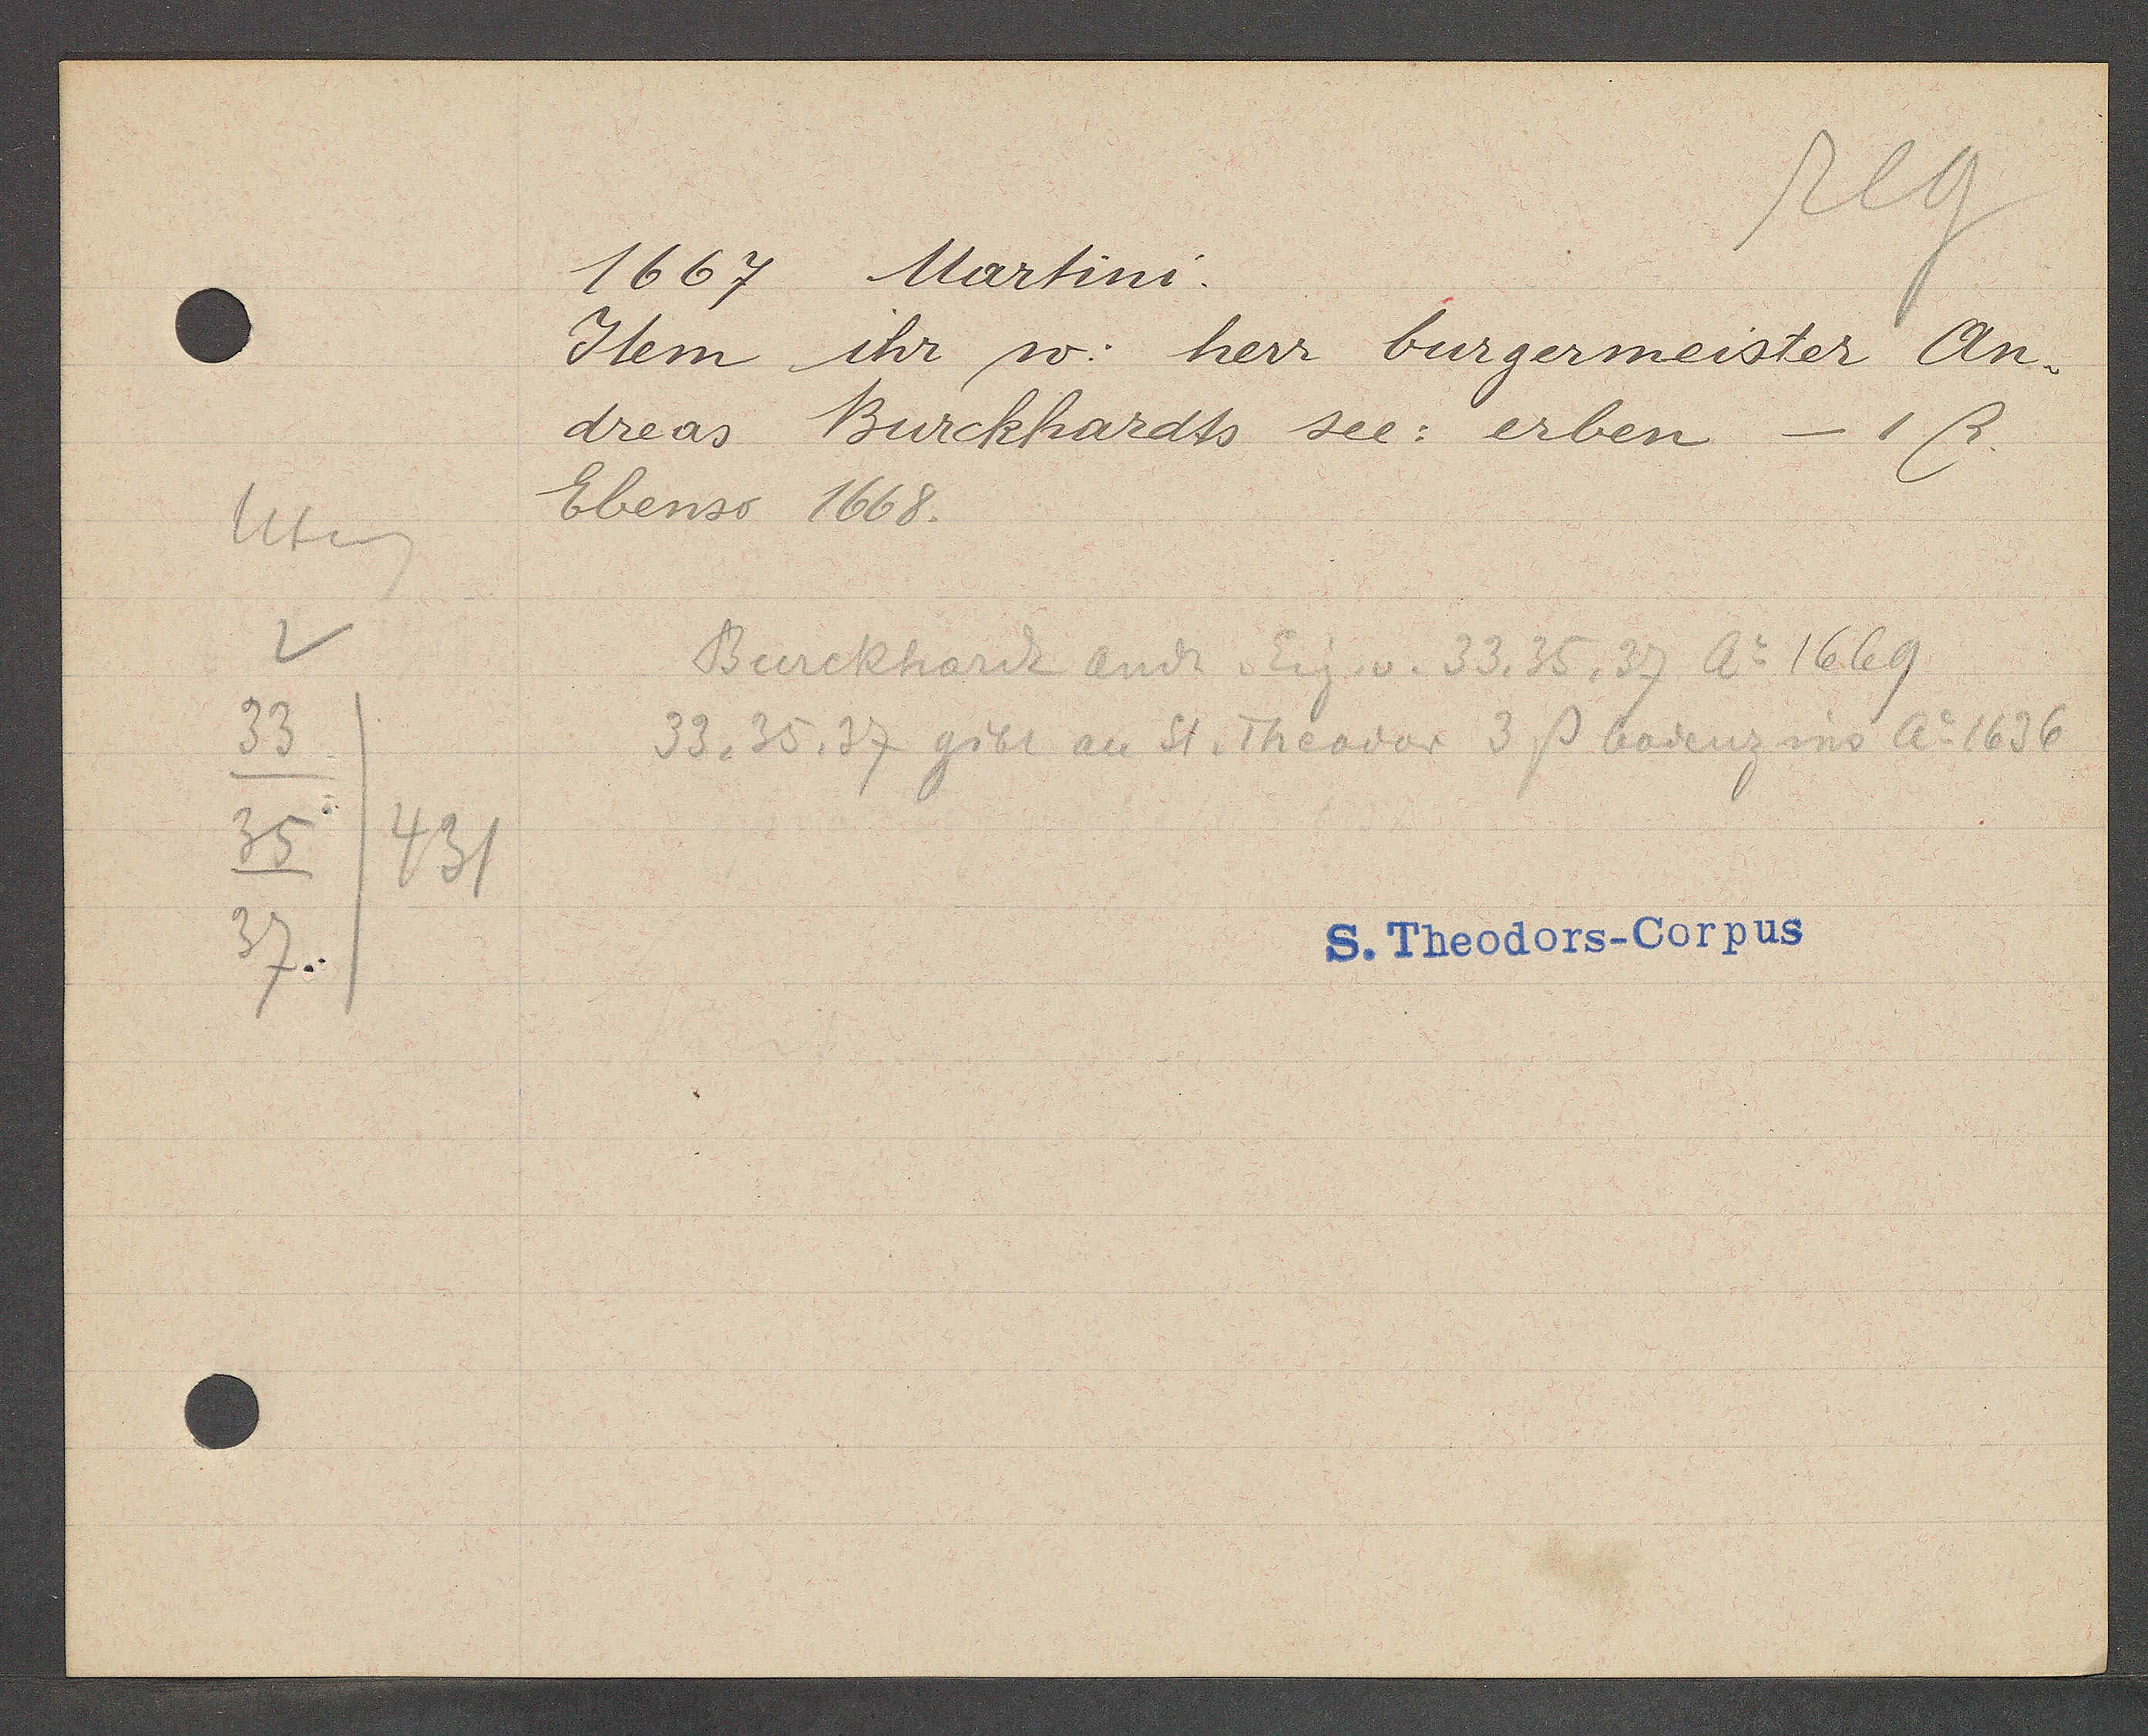
Transcript:
Uteng
33
35
431
37.

1667 Martini.

Item ihr so: herr burgermeister An-
dreas Burckhardts sel. erben - 1ß.
Ebenso 1668.

Burckhardt Andr. Eig. v. 33, 35, 37 Ao 1669
33, 35, 37 gibt an St. Theodor 3 ß bodenzins Ao 1636

S. Theodors--Corpus